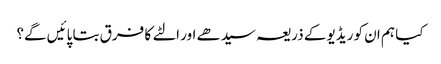
کیا ہم ان کو ریڈیو کے ذریعہ سیدھے اور الٹے کا فرق بتا پائیں گے؟